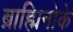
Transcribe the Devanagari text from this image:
ब्राह्मिनोके